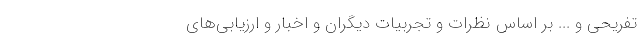
تفریحی و ... بر اساس نظرات و تجربیات دیگران و اخبار و ارزیابی‌های